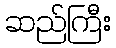
ဆည်ကြီး